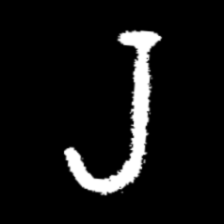
Pyu character \u2014 Myanmar letter: ရ (romanized: ra)